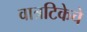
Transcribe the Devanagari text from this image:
वात्रटिकेचे